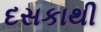
દસકાથી